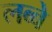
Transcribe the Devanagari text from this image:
लब्बे